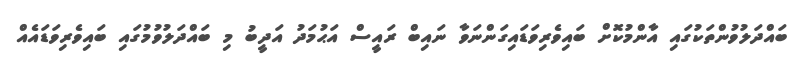
ބައްދަލުވުންތަކުގައި އާންމުކޮށް ބައިވެރިވަޑައިގަންނަވާ ނައިބް ރައީސް އަޙުމަދު އަދީބު މި ބައްދަލުވުމުގައި ބައިވެރިވަޑައެއް